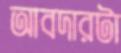
আবদারটা